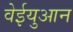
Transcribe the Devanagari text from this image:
वेईयुआन